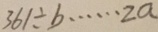
3 6 1 \div b \cdots 2 a